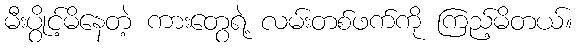
မီးပွိုင့်မိနေတဲ့ ကားတွေရဲ့ လမ်းတစ်ဖက်ကို ကြည့်မိတယ်။